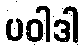
ပဝါဒါ